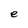
Character: e